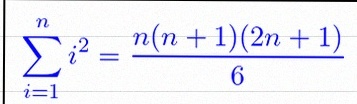
\sum_{i=1}^{n}i^2=\frac{n(n+1)(2n+1)}6